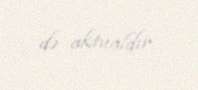
də aktualdır.